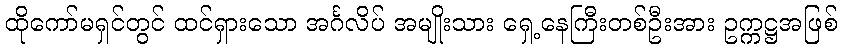
ထိုကော်မရှင်တွင် ထင်ရှားသော အင်္ဂလိပ် အမျိုးသား ရှေ့နေကြီးတစ်ဦးအား ဥက္ကဋ္ဌအဖြစ်